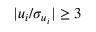
| u _ { i } / \sigma _ { u _ { i } } | \geq 3